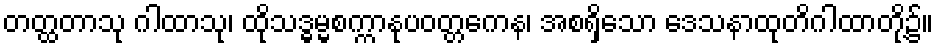
တတ္ထတာသု ဂါထာသု၊ ထိုသဒ္ဓမ္မစက္ကာနုပဝတ္တကေန၊ အစရှိသော ဒေသနာထုတိဂါထာတို့၌။